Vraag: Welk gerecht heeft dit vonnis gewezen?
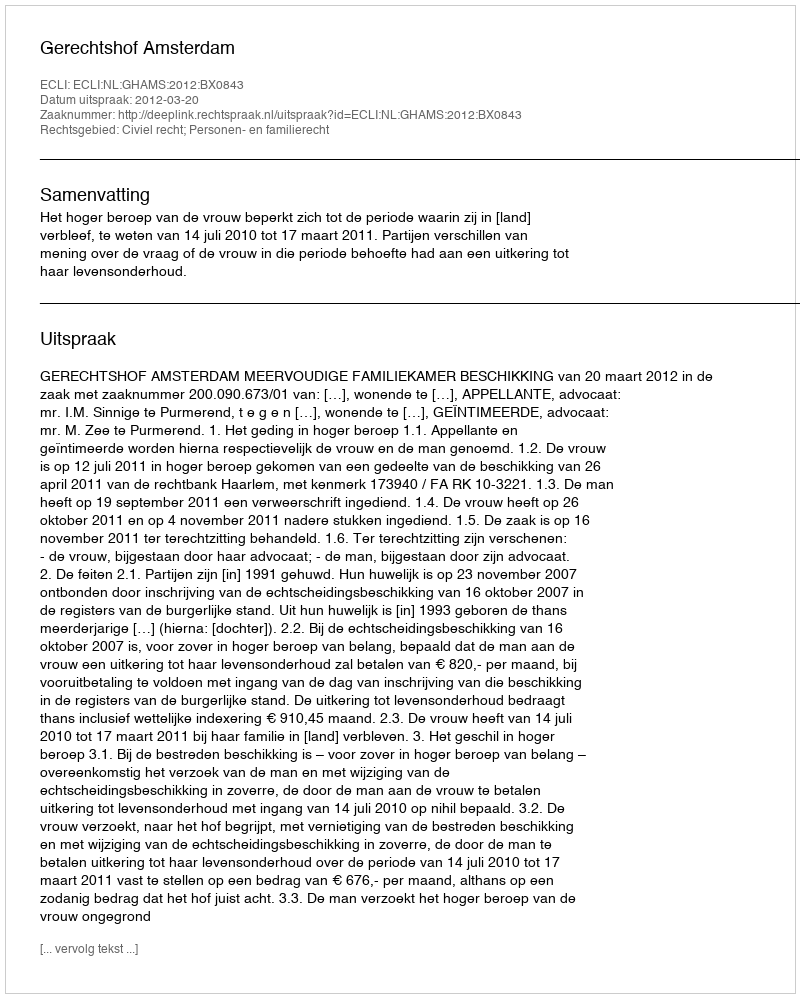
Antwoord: Gerechtshof Amsterdam